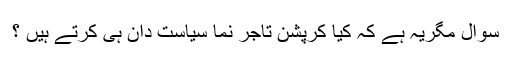
سوال مگریہ ہے کہ کیا کرپشن تاجر نما سیاست دان ہی کرتے ہیں ؟